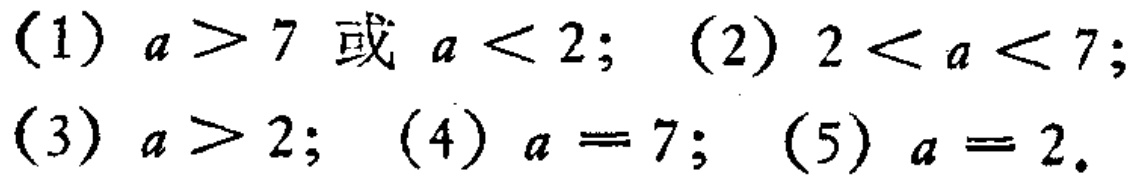
（1）\(a > 7\) 或 \(a < 2\)；（2）\(2 < a < 7\)；（3）\(a > 2\)；（4）\(a = 7\)；（5）\(a = 2\)。